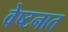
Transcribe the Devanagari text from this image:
वेष्टनात